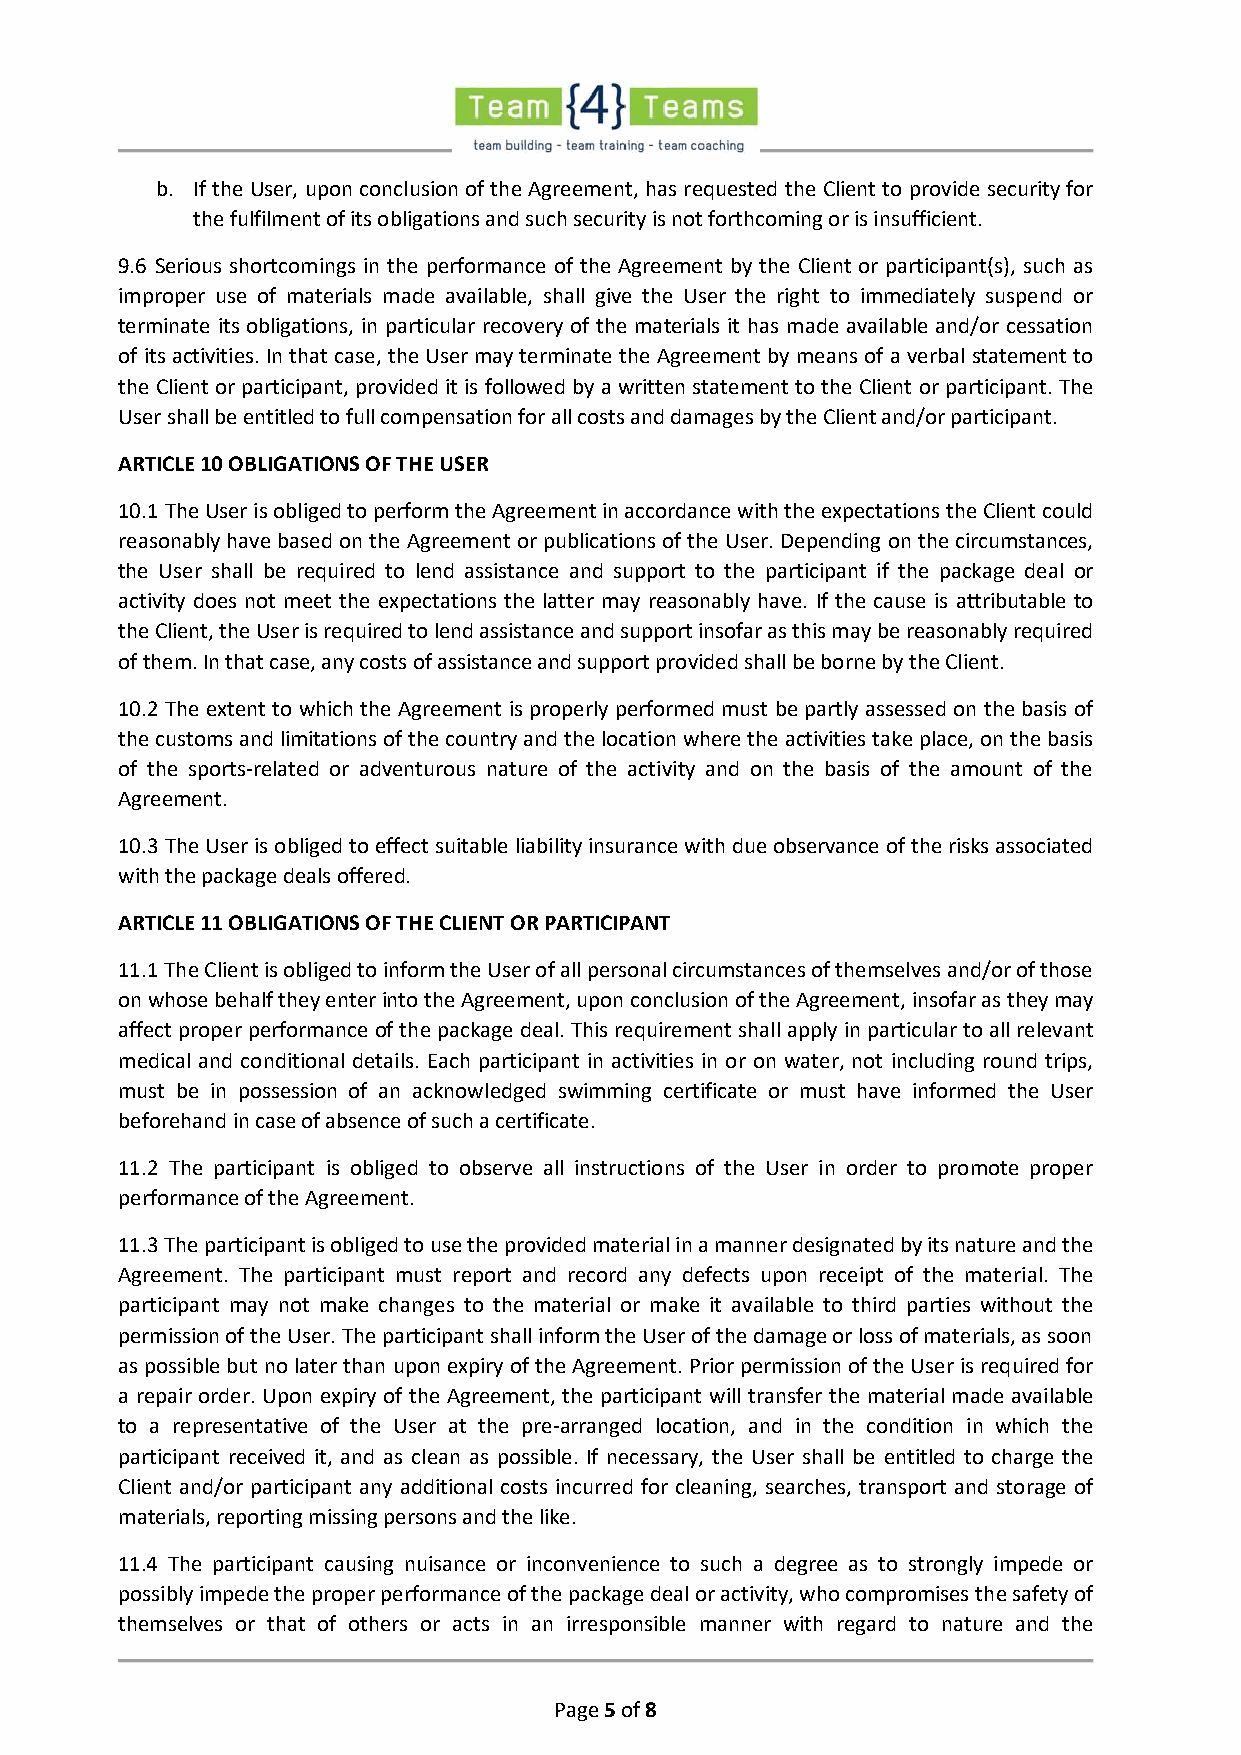
b. If the User, upon conclusion of the Agreement, has requested the Client to provide security for
 the fulfilment of its obligations and such security is not forthcoming or is insufficient.
 9.6 Serious shortcomings in the performance of the Agreement by the Client or participant(s), such as
 improper use of materials made available, shall give the User the right to immediately suspend or
 terminate its obligations, in particular recovery of the materials it has made available and/or cessation
 of its activities. In that case, the User may terminate the Agreement by means of a verbal statement to
 the Client or participant, provided it is followed by a written statement to the Client or participant. The
 User shall be entitled to full compensation for all costs and damages by the Client and/or participant.
 ARTICLE 10 OBLIGATIONS OF THE USER
 10.1 The User is obliged to perform the Agreement in accordance with the expectations the Client could
 reasonably have based on the Agreement or publications of the User. Depending on the circumstances,
 the User shall be required to lend assistance and support to the participant if the package deal or
 activity does not meet the expectations the latter may reasonably have. If the cause is attributable to
 the Client, the User is required to lend assistance and support insofar as this may be reasonably required
 of them. In that case, any costs of assistance and support provided shall be borne by the Client.
 10.2 The extent to which the Agreement is properly performed must be partly assessed on the basis of
 the customs and limitations of the country and the location where the activities take place, on the basis
 of the sports-related or adventurous nature of the activity and on the basis of the amount of the
 Agreement.
 10.3 The User is obliged to effect suitable liability insurance with due observance of the risks associated
 with the package deals offered.
 ARTICLE 11 OBLIGATIONS OF THE CLIENT OR PARTICIPANT
 11.1 The Client is obliged to inform the User of all personal circumstances of themselves and/or of those
 on whose behalf they enter into the Agreement, upon conclusion of the Agreement, insofar as they may
 affect proper performance of the package deal. This requirement shall apply in particular to all relevant
 medical and conditional details. Each participant in activities in or on water, not including round trips,
 must be in possession of an acknowledged swimming certificate or must have informed the User
 beforehand in case of absence of such a certificate.
 11.2 The participant is obliged to observe all instructions of the User in order to promote proper
 performance of the Agreement.
 11.3 The participant is obliged to use the provided material in a manner designated by its nature and the
 Agreement. The participant must report and record any defects upon receipt of the material. The
 participant may not make changes to the material or make it available to third parties without the
 permission of the User. The participant shall inform the User of the damage or loss of materials, as soon
 as possible but no later than upon expiry of the Agreement. Prior permission of the User is required for
 a repair order. Upon expiry of the Agreement, the participant will transfer the material made available
 to a representative of the User at the pre-arranged location, and in the condition in which the
 participant received it, and as clean as possible. If necessary, the User shall be entitled to charge the
 Client and/or participant any additional costs incurred for cleaning, searches, transport and storage of
 materials, reporting missing persons and the like.
 11.4 The participant causing nuisance or inconvenience to such a degree as to strongly impede or
 possibly impede the proper performance of the package deal or activity, who compromises the safety of
 themselves or that of others or acts in an irresponsible manner with regard to nature and the
 Page 5 of 8